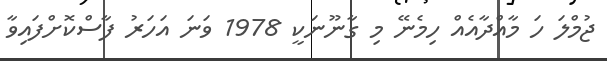
ޖުމްލަ ހަ މާއްދާއެއް ހިމެނޭ މި ގާނޫނަކީ 1978 ވަނަ އަހަރު ފާސްކޮށްފައިވާ